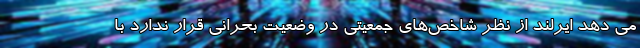
می دهد ایرلند از نظر شاخص‌های جمعیتی در وضعیت بحرانی قرار ندارد با